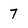
Character: 7